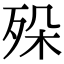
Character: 𣧷